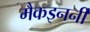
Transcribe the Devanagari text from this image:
मैकइनर्नी